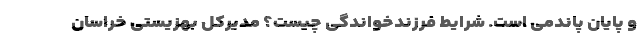
و پایان پاندمی است. شرایط فرزندخواندگی چیست؟ مدیرکل بهزیستی خراسان